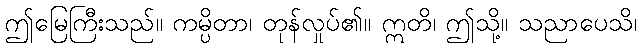
ဤမြေကြီးသည်။ ကမ္ပိတာ၊ တုန်လှုပ်၏။ ဣတိ၊ ဤသို့။ သညာပေသိ၊